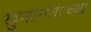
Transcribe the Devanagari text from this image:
खुनानंतरच्या